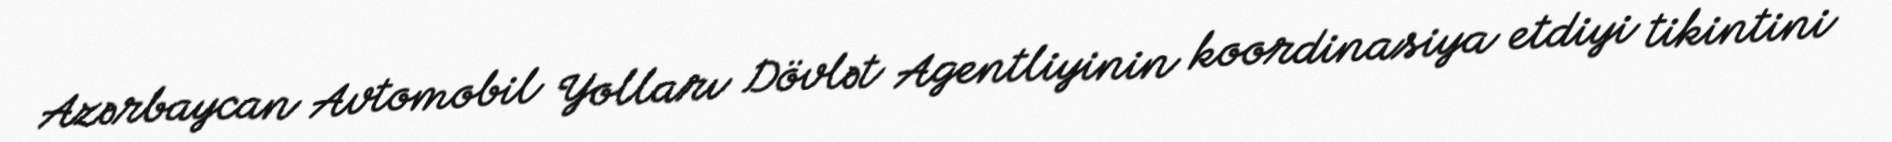
Azərbaycan Avtomobil Yolları Dövlət Agentliyinin koordinasiya etdiyi tikintini